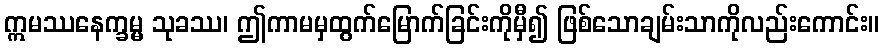
ဣမဿနေက္ခမ္မ သုခဿ၊ ဤကာမမှထွက်မြောက်ခြင်းကိုမှီ၍ ဖြစ်သောချမ်းသာကိုလည်းကောင်း။